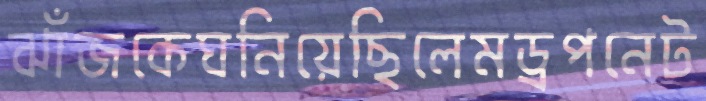
ঝাঁজকেঘনিয়েছিলেমড্রপনেট